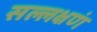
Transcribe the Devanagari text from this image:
सल्लक्षणं